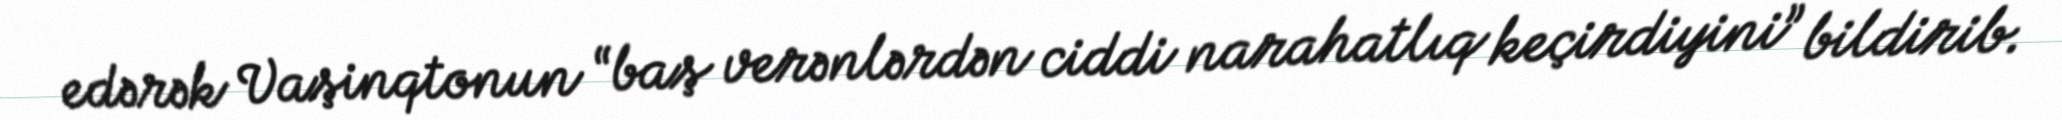
edərək Vaşinqtonun “baş verənlərdən ciddi narahatlıq keçirdiyini” bildirib.